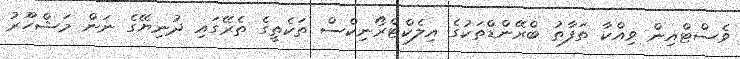
ވެސްޓްއިން ވިއްކާ ތަފާތު ބްރޭންޑްތަކުގެ އިލެކްޓްރޯނިކްސް ތަކެތީގެ ތެރޭގައި ދުނިޔޭގެ ނަން މަޝްހޫރު